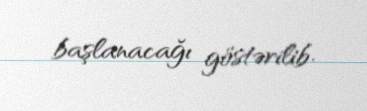
başlanacağı göstərilib.